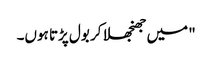
" میں جھنجھلا کر بول پڑتا ہوں۔